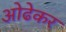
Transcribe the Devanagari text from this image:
ओढेकर